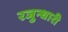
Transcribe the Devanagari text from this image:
रजुन्धारी